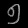
Digit: ၅